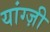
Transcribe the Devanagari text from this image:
यांग्ज़ी